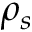
\rho _ { s }